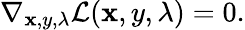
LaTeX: \nabla_{\mathbf{x},y,\lambda}{\mathcal{{L}}}(\mathbf{x},y,\lambda)=0.